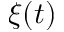
\xi ( t )